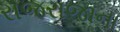
રાજરાજાના